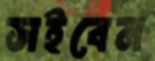
সইবেন